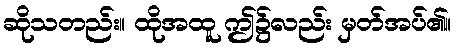
ဆိုသတည်း။ ထိုအထူ ဤ၌လည်း မှတ်အပ်၏။